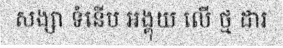
សង្សា ទំនើប អង្គុយ លើ ថ្ម ដារ